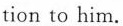
tion to him.